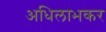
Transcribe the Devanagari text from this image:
अधिलाभकर